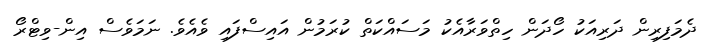
ދެމަފިރިން ދަރިއަކު ހޯދަން ހިތްވަރާއެކު މަސައްކަތް ކުރަމުން އައިސްފައި ވެއެވެ. ނަމަވެސް އިން-ވިޓްރޯ